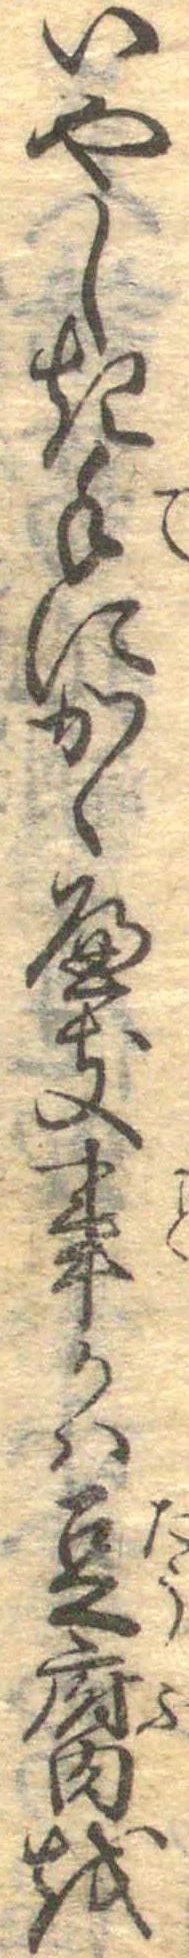
いやしき手にかくへき事かは豆腐を